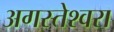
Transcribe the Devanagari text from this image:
अगस्‍तेश्‍वरा